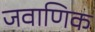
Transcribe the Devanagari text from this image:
जवाणिक